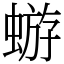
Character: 蝣